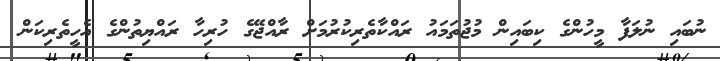
ނުބައި ނުލަފާ މީހުންގެ ކިބައިން މުޖުތަމައު ރައްކާތެރިކުރުމަށް ރާއްޖޭގެ ހުރިހާ ރައްޔިތުންގެ އެހީތެރިކަން